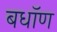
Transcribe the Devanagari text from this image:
बधॉण